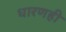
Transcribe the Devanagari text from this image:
धारणही